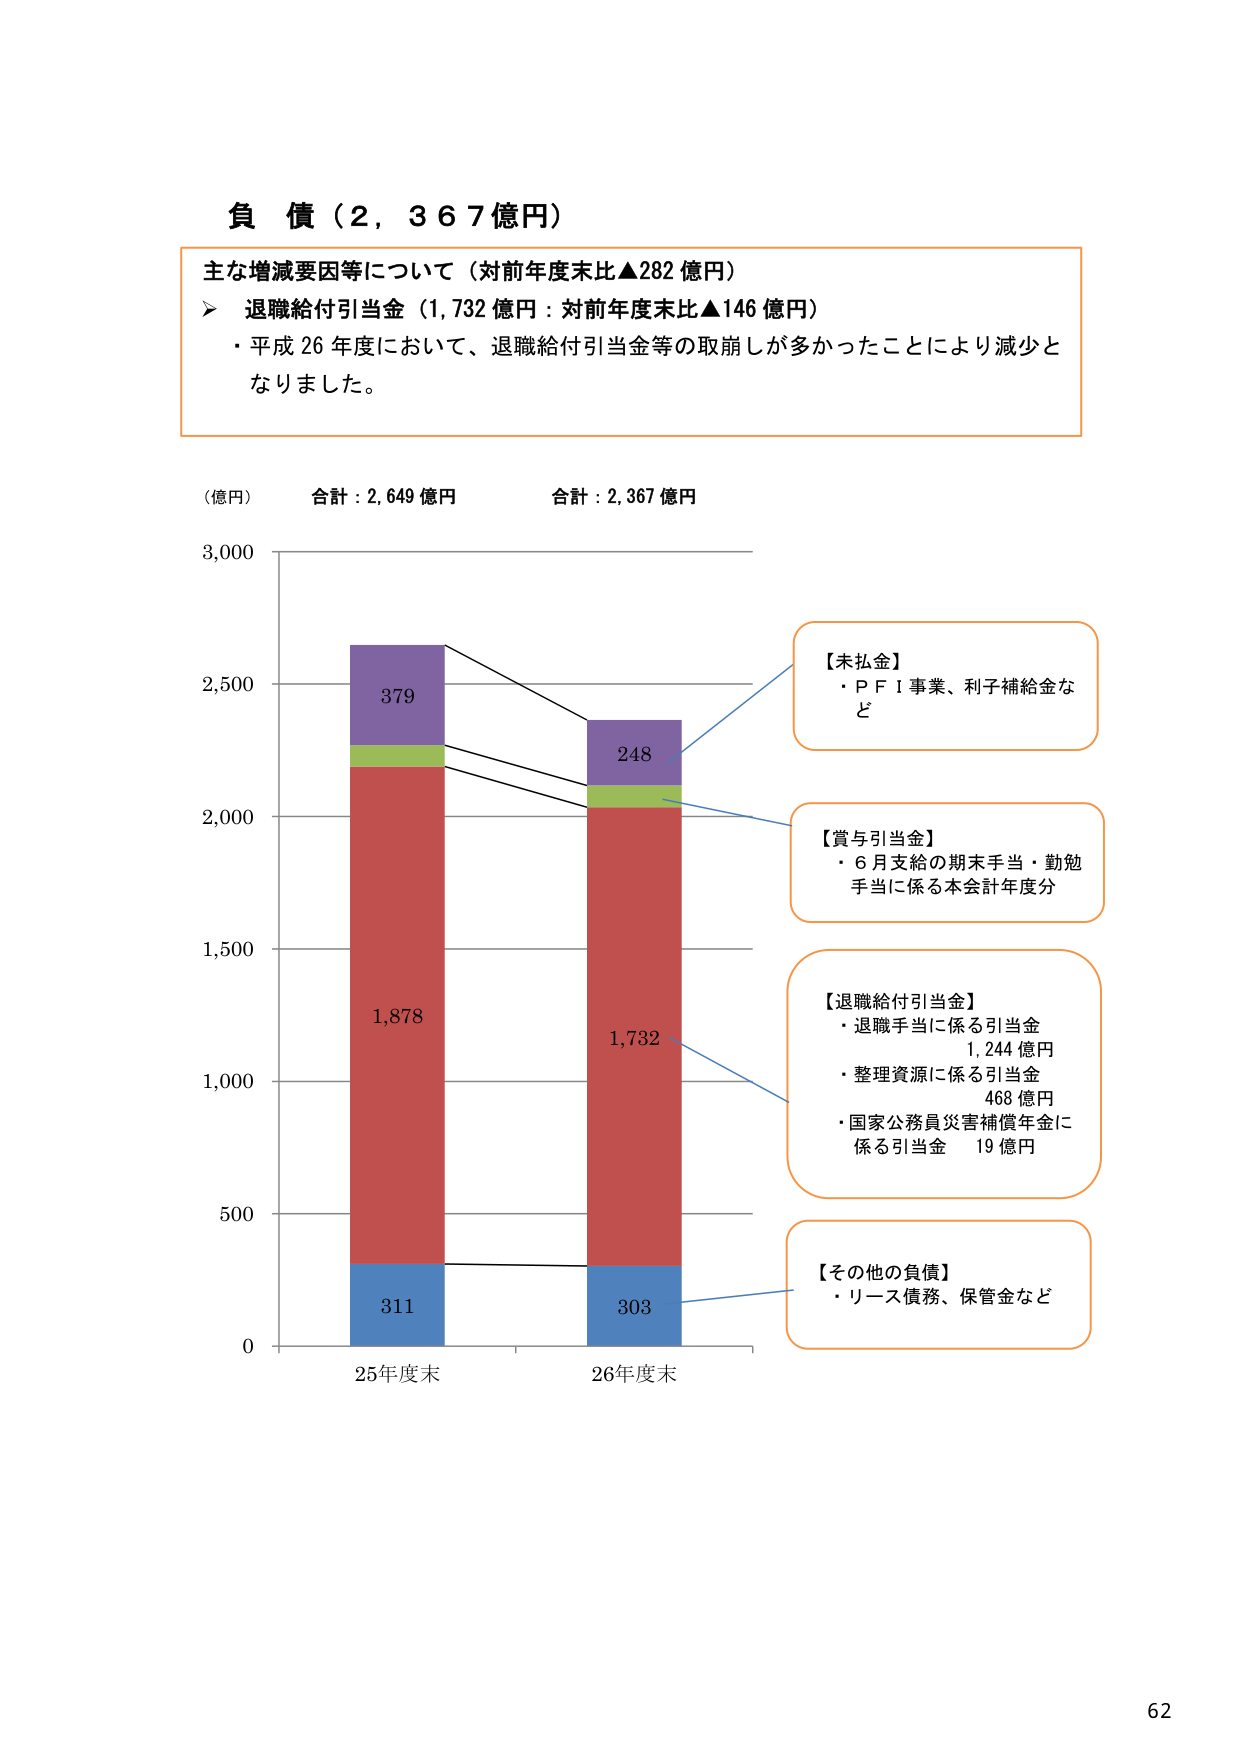
負債（2,367億円）

主な増減要因等について（対前年度末比▲282 億円）
➤ 退職給付引当金（1,732 億円：対前年度末比▲146 億円）
・平成 26 年度において、退職給付引当金等の取崩しが多かったことにより減少となりました。

（億円） 合計：2,649 億円 合計：2,367 億円

3,000

2,500
379
248
【未払金】
・ＰＦＩ事業、利子補給金など

2,000
【賞与引当金】
・6月支給の期末手当・勤勉手当に係る本会計年度分

1,500
【退職給付引当金】
・退職手当に係る引当金 1,244 億円
・整理資源に係る引当金 468 億円
・国家公務員災害補償年金に係る引当金 19 億円

1,000
1,878
1,732

500
311
303
【その他の負債】
・リース債務、保管金など

0
25年度末 26年度末

62